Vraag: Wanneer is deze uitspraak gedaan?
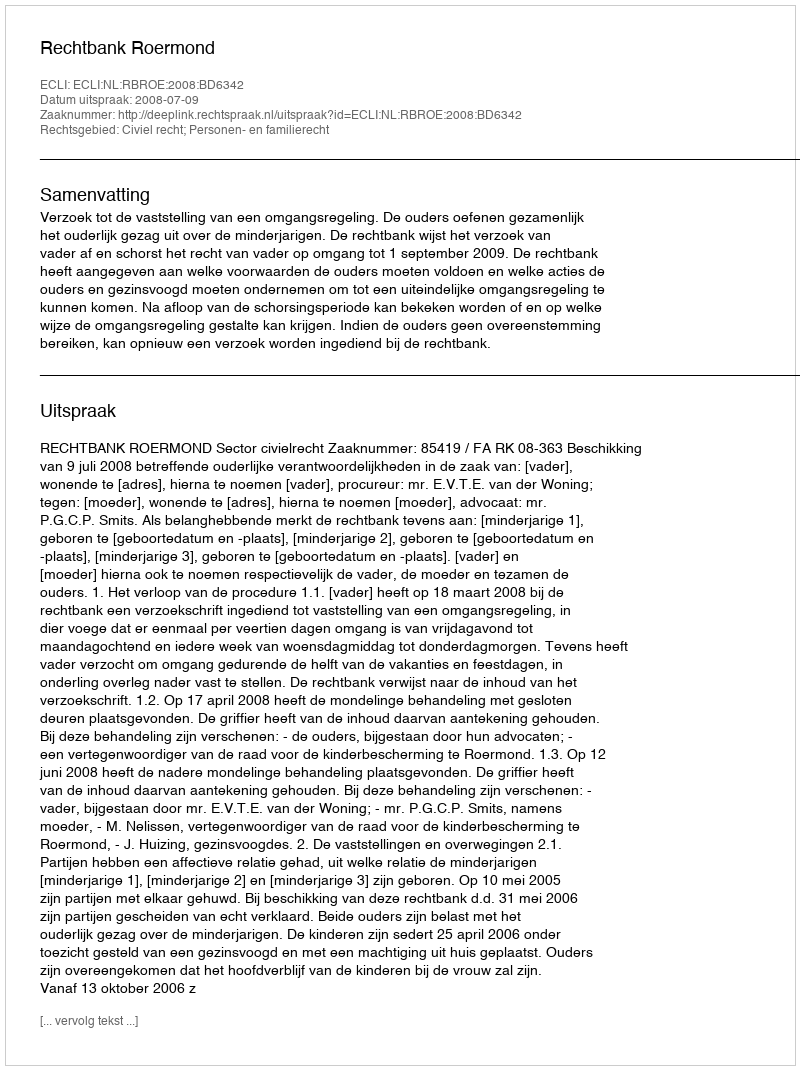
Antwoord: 2008-07-09